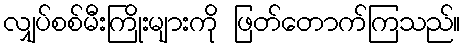
လျှပ်စစ်မီးကြိုးများကို ဖြတ်တောက်ကြသည်။